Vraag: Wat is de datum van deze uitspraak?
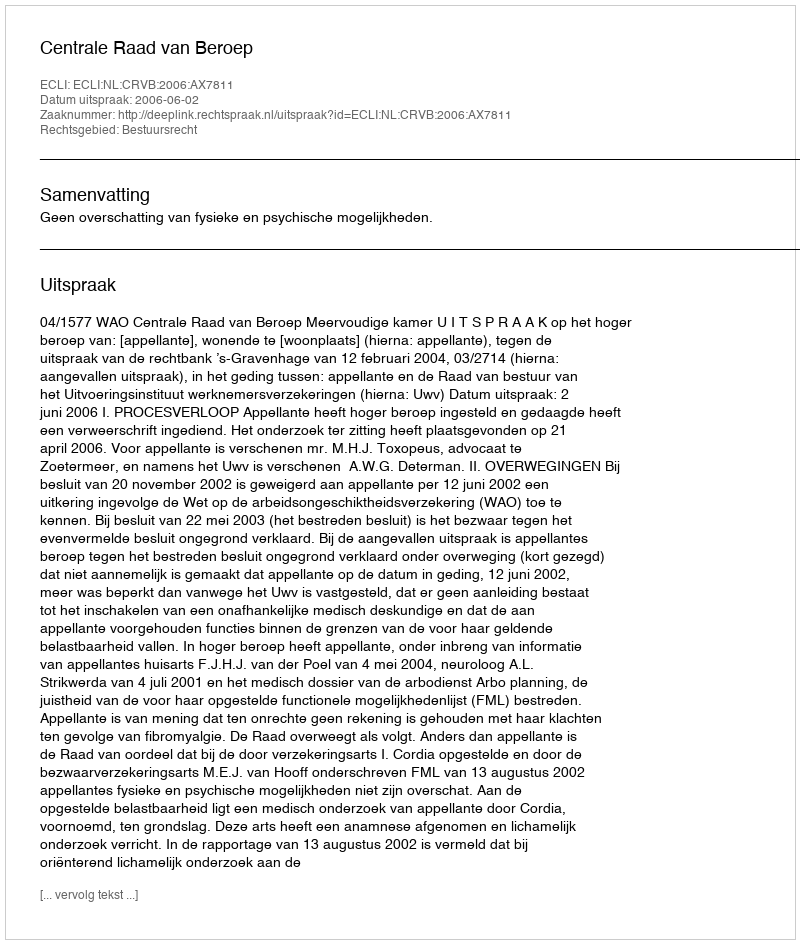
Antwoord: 2006-06-02